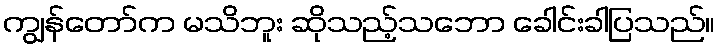
ကျွန်တော်က မသိဘူး ဆိုသည့်သဘော ခေါင်းခါပြသည်။